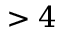
> 4